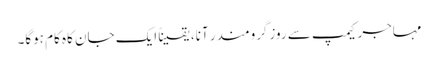
مہاجر کیمپ سے روزگرومندر آنا، یقیناً ایک جان کاہ کام ہوگا۔